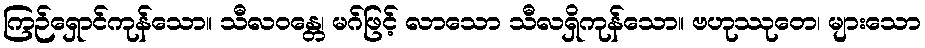
ကြဉ်ရှောင်ကုန်သော။ သီလဝန္တေ၊ မဂ်ဖြင့် လာသော သီလရှိကုန်သော။ ဗဟုဿုတေ၊ များသော